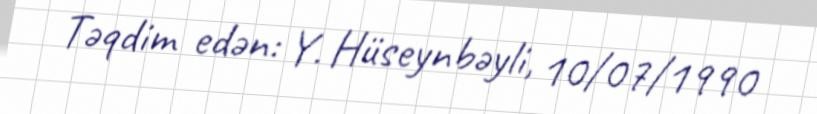
Təqdim edən: Y. Hüseynbəyli, 10/07/1990